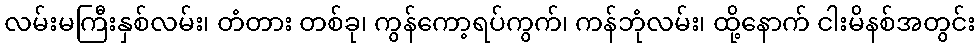
လမ်းမကြီးနှစ်လမ်း၊ တံတား တစ်ခု၊ ကွန်ကော့ရပ်ကွက်၊ ကန်ဘုံလမ်း၊ ထို့နောက် ငါးမိနစ်အတွင်း